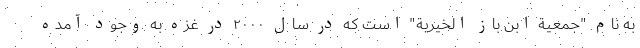
به نام "جمعیة ابن باز الخیریة" است که در سال ۲۰۰۰ در غزه به وجود آمده